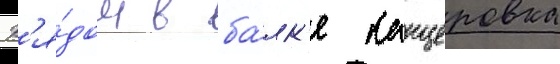
Р'я́дом в ба́лк'е канцеровка